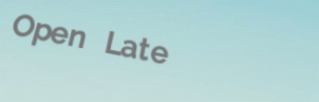
Open Late